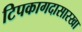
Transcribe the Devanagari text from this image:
टिपकागदासारखा